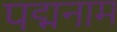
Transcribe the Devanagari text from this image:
पद्मनाम